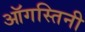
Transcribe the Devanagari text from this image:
ऑगस्तिनी